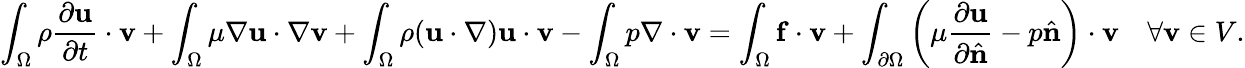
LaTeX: \int_{\Omega}\rho{\frac{\partial\mathbf{u}}{\partial t}}\cdot\mathbf{v}+\int_{\Omega}\mu\nabla\mathbf{u}\cdot\nabla\mathbf{v}+\int_{\Omega}\rho(\mathbf{u}\cdot\nabla)\mathbf{u}\cdot\mathbf{v}-\int_{\Omega}p\nabla\cdot\mathbf{v}=\int_{\Omega}\mathbf{f}\cdot\mathbf{v}+\int_{\partial\Omega}\left(\mu{\frac{\partial\mathbf{u}}{\partial{\hat{\mathbf{n}}}}}-p{\hat{\mathbf{n}}}\right)\cdot\mathbf{v}\quad\forall\mathbf{v}\in V.